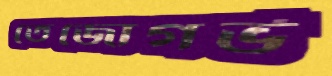
তেজোগর্ভ